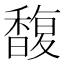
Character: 馥